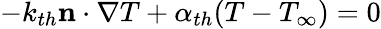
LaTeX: -k_{th}\mathbf{n}\cdot\nabla T+\alpha_{th}(T-T_{\infty})=0